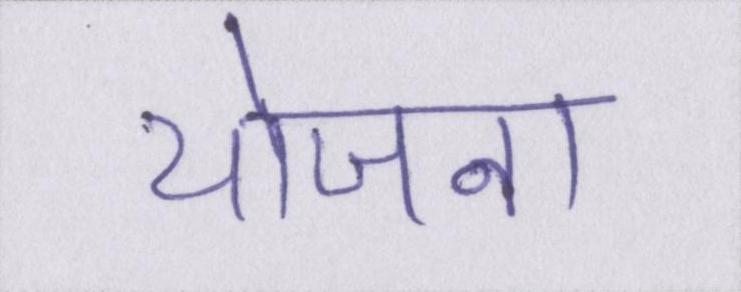
योजना